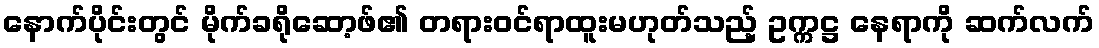
နောက်ပိုင်းတွင် မိုက်ခရိုဆော့ဖ်၏ တရားဝင်ရာထူးမဟုတ်သည့် ဥက္ကဋ္ဌ နေရာကို ဆက်လက်